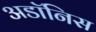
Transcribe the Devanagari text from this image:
अडॉनिस